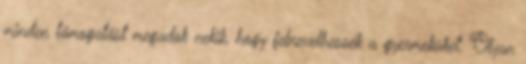
minden támogatást megadok nekik, hogy felnevelhessék a gyermeküket. Olyan